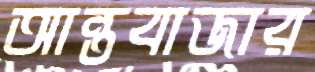
আন্তবাজার